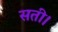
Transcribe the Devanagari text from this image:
सती।